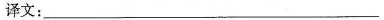
译文：___